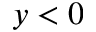
y < 0